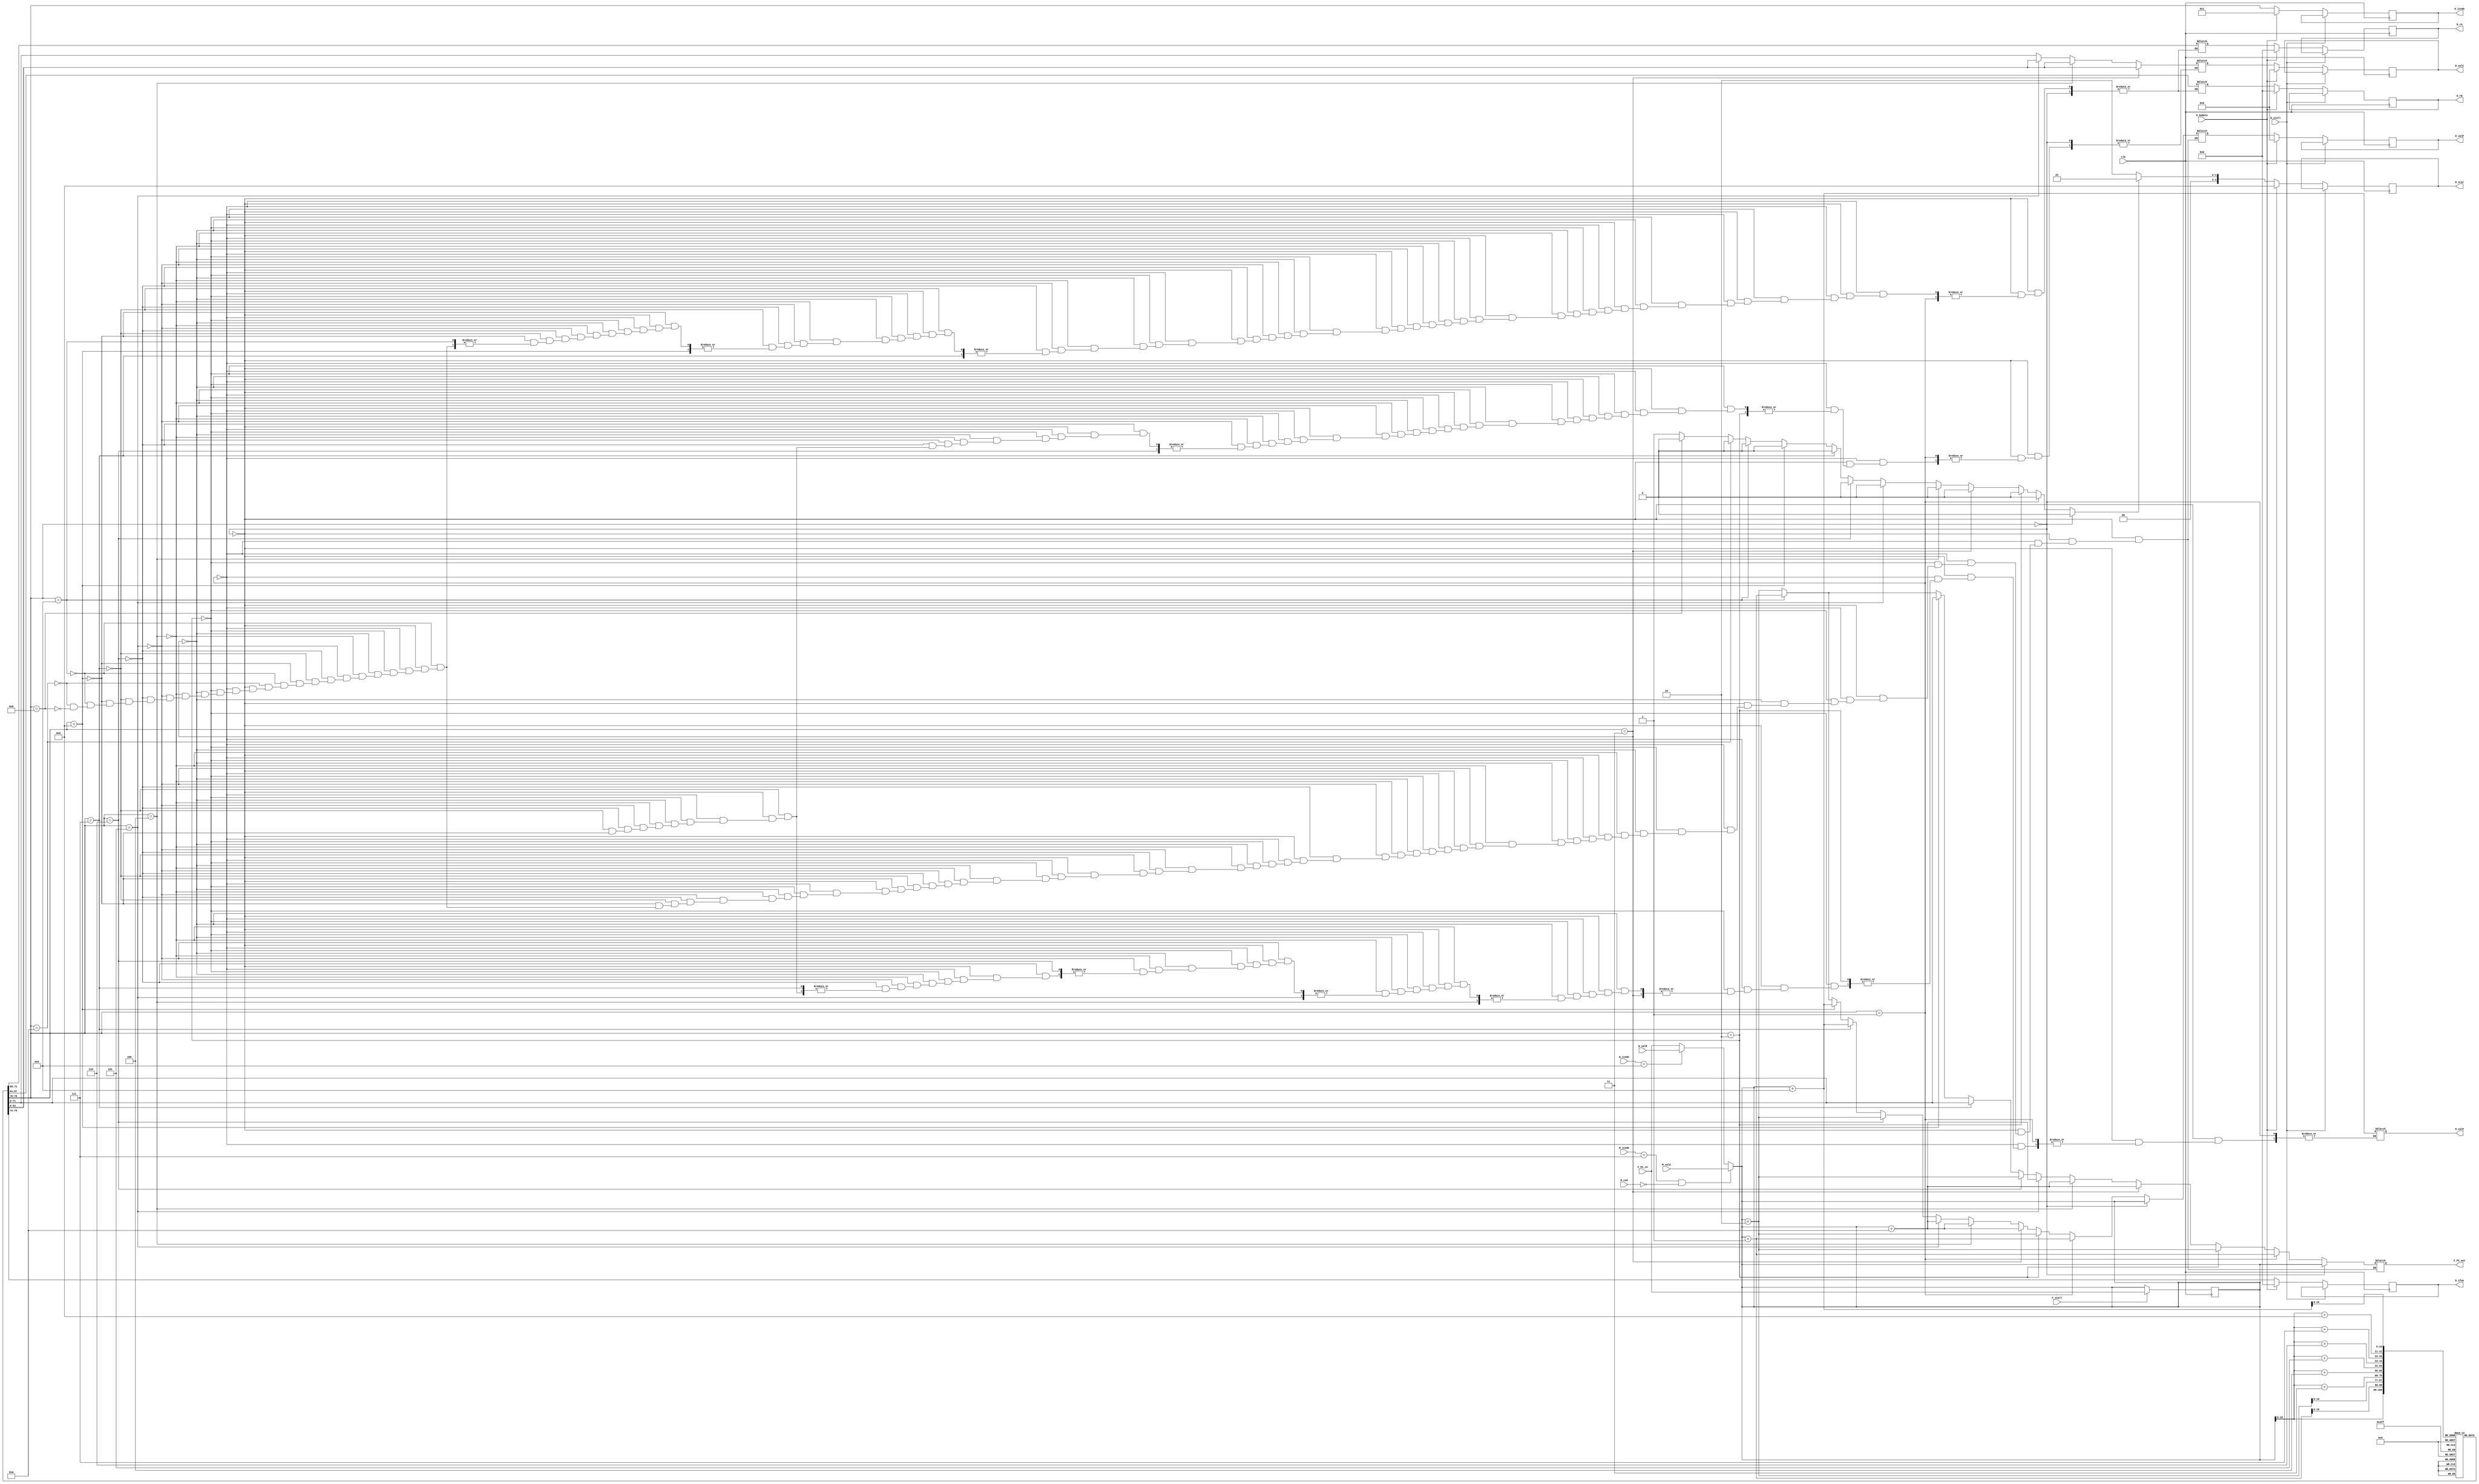
module fetch(clk,M_icode,W_icode,M_valA,W_valM,M_cnd,F_PC_in,F_stall,D_stall,D_bubble,D_icode,D_ifun,D_rA,D_rB,D_valC,D_valP,D_stat,F_PC_out,M_valP);
    input clk,M_cnd,F_stall,D_stall,D_bubble; 
    input [3:0] M_icode,W_icode;
    input [63:0] M_valA,W_valM,F_PC_in;

    reg [3:0] icode, ifun,ra,rb;  //local values         
    reg [63:0] PC,valC,valP;                
    reg mem_err=0, instruct_err=0;          
    reg [0:3] stat_code;                    
    reg [0:79] instruct;                    
    reg [7:0] inst_arr[0:1024];             

    output reg [3:0] D_icode, D_ifun,D_rA, D_rB;
    output reg [63:0] D_valC,D_valP,F_PC_out,M_valP;
    output reg [0:3] D_stat=4'b1000;                  // AOK, HLT, ADR, INS


    always@(*)
    begin 
        if(M_icode==4'h7 & !M_cnd)  // Jump not taken
        begin    
            PC = M_valA; 
        end
        else if(W_icode==4'h9)      // Return statement 
        begin
            PC = W_valM;
        end
        else 
        begin
            PC = F_PC_in;          // in all other remaning cases
        end
    end


    always@(*) 
    begin 
        instruct_err=0;
        if(PC>64'd1013)                             // check if PC is out of range
        begin
            mem_err=1;  
        end
        instruct={
            inst_arr[PC],
            inst_arr[PC+1],
            inst_arr[PC+2],
            inst_arr[PC+3],
            inst_arr[PC+4],
            inst_arr[PC+5],
            inst_arr[PC+6],
            inst_arr[PC+7],
            inst_arr[PC+8],
            inst_arr[PC+9]
        };

        icode=instruct[0:3];                    // icode is valid for all instructions
        ifun=instruct[4:7];                     // ifun 
        
        if(icode==4'h0)                        //halt
            begin
                valP=PC;
                F_PC_out=valP;                      
            end
        else if(icode==4'h1)                   //nop
            begin
                valP=PC+1;
                F_PC_out=valP;
            end
        else if(icode==4'h2)                   //cmovXX
            begin
                {ra,rb}=instruct[8:15];
                valP=PC+2;
                F_PC_out=valP;
            end
        else if(icode==4'h3)                   //irmovq
            begin                   
                {ra,rb,valC}=instruct[8:79];
                valP=PC+10;
                F_PC_out=valP;
            end
        else if(icode==4'h4)                   //rmmovq
            begin
                {ra,rb,valC}=instruct[8:79];    
                valP=PC+10;
                F_PC_out=valP;
            end
        else if(icode==4'h5)                   //mrmovq
            begin
                {ra,rb,valC}=instruct[8:79];
                valP=PC+10;
                F_PC_out=valP;
            end
        else if(icode==4'h6)                   //opq
            begin
                {ra,rb}=instruct[8:15];
                valP=PC+2;
                F_PC_out=valP;
            end
        else if(icode==4'h7)                   //jXX
            begin
                valC=instruct[8:71];
                valP=PC+9;
                F_PC_out=valC;   
            end
        else if(icode==4'h8)                   //call
            begin
                valC=instruct[8:71];
                valP=PC+9;
                F_PC_out=valC;
                M_valP=valP;
            end
        else if(icode==4'h9)                   //ret
            begin 
                valP=PC+1;
                F_PC_out=valP; 
            end
        else if(icode==4'hA)                   //pushq
            begin
                {ra,rb}=instruct[8:15];
                valP=PC+2;
                F_PC_out=valP;
            end 
        else if(icode==4'hB)                   //popq
            begin
                {ra,rb}=instruct[8:15];
                valP=PC+2;
                F_PC_out=valP;
            end
        else                                   // invalid instruction
            begin 
                instruct_err=1; 
            end

        //updating stat codes 
        
        stat_code = 4'b1000;
        if(instruct_err==1)
        begin
            stat_code = 4'b0001;  
        end
        else if(mem_err==1)
        begin 
            stat_code = 4'b0010;
        end
        else if(icode==4'd0)
        begin
            stat_code = 4'b0100;
        end
        
    end

    // Sending values to Decode stage  

    always@(posedge clk)
    begin
        if(F_stall)
        begin 
            PC = F_PC_in;   
            $display("F_stalled\n");
        end
        if(D_stall)
        begin  
            //do noughting continue with prev instructions
            $display("D_stalled\n");
        end
        else if(D_bubble)     //If Decode stage is bubble then nop should be given to Decode stage
        begin
            $display("D_bubbled\n");
            D_icode <= 4'b0001;
            D_ifun <= 4'b0000;
            D_rA <= 4'b0000;
            D_rB <= 4'b0000;
            D_valC <= 64'b0;
            D_valP <= 64'b0;
            D_stat <= 4'b1000; 
        end
        else                    // if Decode stage is normal then send the values of icode,ifun,ra,rb ............ to decode stage
        begin
            D_icode <= icode; 
            D_ifun <= ifun;
            D_rA <= ra;
            D_rB <= rb;
            D_valC <= valC;
            D_valP <= valP; 
            D_stat <= stat_code; 
        end
    end

    initial 
    begin 

//Full instructions

    inst_arr[0]=8'h10; //nop
    
    inst_arr[1]=8'h61; //subtraction 
    inst_arr[2]=8'h47; //ra and rb
    
    inst_arr[3]=8'h23; //cmov  
    inst_arr[4]=8'h45; // ra=4 and rb=5    
    
    inst_arr[5]=8'h30; //irmovq        
    inst_arr[6]=8'hF1; //F and rB 
    inst_arr[7]=8'h00; //
    inst_arr[8]=8'd00;          
    inst_arr[9]=8'h00; 
    inst_arr[10]=8'h00; 
    inst_arr[11]=8'h00;        
    inst_arr[12]=8'h00; 
    inst_arr[13]=8'h00;
    inst_arr[14]=8'd26;

    inst_arr[15]=8'h40; //rmmovq 
    inst_arr[16]=8'h65; //ra and rb 
    inst_arr[17]=8'h00; //
    inst_arr[18]=8'd00;
    inst_arr[19]=8'd00; //0 0

    inst_arr[20]=8'h00; //3 0
    inst_arr[21]=8'h00; //F rB=7
    inst_arr[22]=8'h00;           
    inst_arr[23]=8'h00;           
    inst_arr[24]=8'd5; //D value   

    inst_arr[25]=8'h50;   //mrmovq        
    inst_arr[26]=8'h81;   // ra rb       
    inst_arr[27]=8'h00;           
    inst_arr[28]=8'h00;          
    inst_arr[29]=8'd00; 
    inst_arr[30]=8'h00; 
    inst_arr[31]=8'h00; 
    inst_arr[32]=8'h00;           
    inst_arr[33]=8'h00;           
    inst_arr[34]=8'd6; //D=6           
    
    inst_arr[35]=8'h60;  //OPq addition
    inst_arr[36]=8'h23;  //ra and rb 
    
    inst_arr[37]=8'h74;  // Jump if notequal 
    inst_arr[38]=8'h00;          
    inst_arr[39]=8'h00; 
    inst_arr[40]=8'h00; 
    inst_arr[41]=8'h00;
    inst_arr[42]=8'h00;
    inst_arr[43]=8'h00;
    inst_arr[44]=8'h00;
    inst_arr[45]=8'd48; //Jump to 48
    inst_arr[46]=8'h60;
    inst_arr[47]=8'h45;

    inst_arr[48]=8'h32; //irmovq
    inst_arr[49]=8'h00; 
    inst_arr[50]=8'h00; 
    inst_arr[51]=8'h00; 
    inst_arr[52]=8'h00;           
    inst_arr[53]=8'h00;       
    inst_arr[54]=8'h00;           
    inst_arr[55]=8'h00;           
    inst_arr[56]=8'h00;           
    inst_arr[57]=8'd10; //10          



    inst_arr[58]=8'hA0; //pushq
    inst_arr[59]=8'h6F; //ra and F

    inst_arr[60]=8'hB0; //popq
    inst_arr[61]=8'h5F; //ra and F

    inst_arr[62]=8'h00; //halt

//Push and Pop 

    // inst_arr[0]=8'hA0;  //push 
    // inst_arr[1]=8'h5F; 
    // inst_arr[2]=8'hB0;  //pop   
    // inst_arr[3]=8'h3F;             
    // inst_arr[4]=8'h00; //halt 

//Load Hazard

    // inst_arr[0]=8'h50; //mrmovq 
    // inst_arr[1]=8'h23; 
    // inst_arr[2]=8'h00;            
    // inst_arr[3]=8'h00;             
    // inst_arr[4]=8'h00; 
    // inst_arr[5]=8'h00;           
    // inst_arr[6]=8'h00;           
    // inst_arr[7]=8'h00;           
    // inst_arr[8]=8'h00;  
    // inst_arr[9]=8'd01;     

    // inst_arr[10]=8'h60;     //Add
    // inst_arr[11]=8'h42;         
    // inst_arr[12]=8'h00;


//Jump instructions

    // inst_arr[0]=8'h73; //Jump if equal  
    // // inst_arr[0]=8'h74; //Jump if not equal
    // inst_arr[1]=8'h00; 
    // inst_arr[2]=8'h00;            
    // inst_arr[3]=8'h00;             
    // inst_arr[4]=8'h00;           
    // inst_arr[5]=8'h00;           
    // inst_arr[6]=8'h00;           
    // inst_arr[7]=8'h00;           
    // inst_arr[8]=8'd10;          
    // inst_arr[9]=8'h00; 

    // inst_arr[10]=8'h20; 
    // inst_arr[11]=8'h70;        
    // inst_arr[12]=8'h00; 
    // inst_arr[13]=8'h00;
    // inst_arr[14]=8'h00;
    // inst_arr[15]=8'h00;
    // inst_arr[16]=8'h00;
    // inst_arr[17]=8'h00;
    // inst_arr[18]=8'd00; 

//Return
    // inst_arr[0]=8'h80; //call

    // inst_arr[1]=8'h00; 
    // inst_arr[2]=8'h00;            
    // inst_arr[3]=8'h00;             
    // inst_arr[4]=8'h00; 
    // inst_arr[5]=8'h00;           
    // inst_arr[6]=8'h00;           
    // inst_arr[7]=8'h00;           
    // inst_arr[8]=8'd10;

    // inst_arr[9]=8'd00;     

    // inst_arr[10]=8'h90; //ret 
    // inst_arr[11]=8'h00;         
    // inst_arr[12]=8'h00; 
    // inst_arr[13]=8'h00;
    // inst_arr[14]=8'h00;
    // inst_arr[15]=8'h00;
    // inst_arr[16]=8'h00;
    // inst_arr[17]=8'h00;
    // inst_arr[18]=8'd00;

end

endmodule